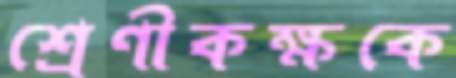
শ্রেণীকক্ষকে